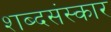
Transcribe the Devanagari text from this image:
शब्दसंस्कार